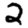
Digit: 2